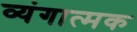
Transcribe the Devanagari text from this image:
व्‍यंगात्‍मक